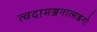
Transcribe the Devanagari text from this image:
त्वदामज्जनात्सज्जनो